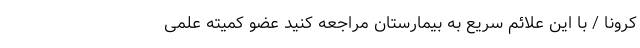
کرونا / با این علائم سریع‌ به بیمارستان مراجعه کنید عضو کمیته علمی